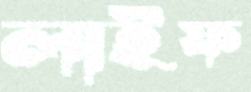
লাইফ